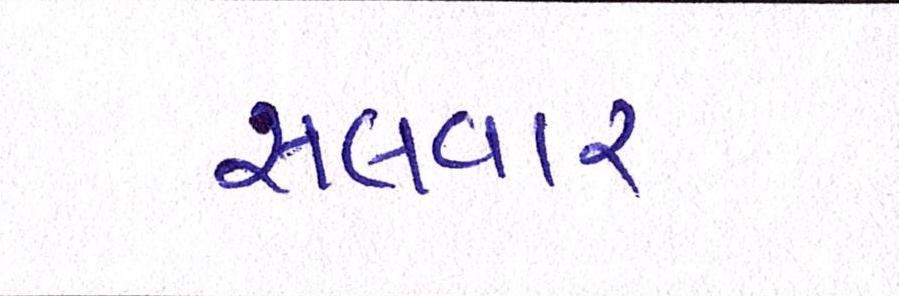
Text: સલવાર